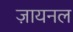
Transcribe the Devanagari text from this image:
ज़ायनल